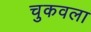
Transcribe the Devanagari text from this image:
चुकवला